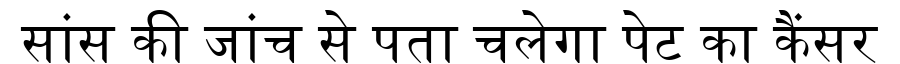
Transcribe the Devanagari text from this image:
सांस की जांच से पता चलेगा पेट का कैंसर